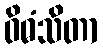
ဝိဓံသိတာ